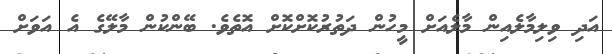
އަދި ވިލިމާލެއިން މާލެއަށް މީހުން ދަތުރުކޮށްކޮށް އޮތެވެ. ބޭންކުން މާލޭގެ އެ އަވަށް